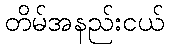
တိမ်အနည်းငယ်